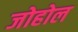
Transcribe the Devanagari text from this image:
जोहोल